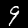
Digit: 9